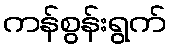
ကန်စွန်းရွက်